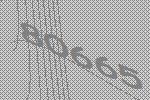
80665